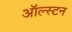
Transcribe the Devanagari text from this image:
ऑल्स्टन